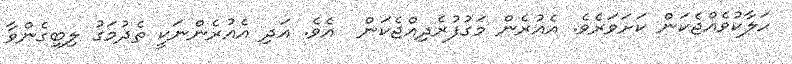
ހަލާކުވެއްޖެކަން ކަށަވަރެވެ. އެއުރެން މަގުފުރެދިއްޖެކަން  އެވެ. އަދި އެއުރެންނަކީ ތެދުމަގު ލިބިގެންވާ